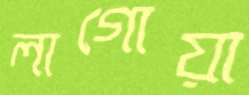
লাগোয়া